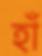
হাঁ